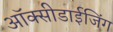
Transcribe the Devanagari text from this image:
ऑक्सीडाईजिंग